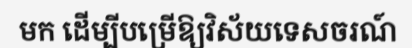
មក ដើម្បីបម្រើឱ្យវិស័យទេសចរណ៍